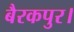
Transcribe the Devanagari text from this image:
बैरकपुर।